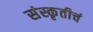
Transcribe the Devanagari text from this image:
संस्कृतीचं